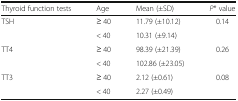
<table><thead><tr><td><b>Thyroid function tests</b></td><td><b>Age</b></td><td><b>Mean (±SD)</b></td><td><b><i>P</i>* value</b></td></tr></thead><tbody><tr><td rowspan="2">TSH</td><td>≥ 40</td><td>11.79 (±10.12)</td><td rowspan="2">0.14</td></tr><tr><td>&lt; 40</td><td>10.31 (±9.14)</td></tr><tr><td rowspan="2">TT4</td><td>≥ 40</td><td>98.39 (±21.39)</td><td rowspan="2">0.26</td></tr><tr><td>&lt; 40</td><td>102.86 (±23.05)</td></tr><tr><td rowspan="2">TT3</td><td>≥ 40</td><td>2.12 (±0.61)</td><td rowspan="2">0.08</td></tr><tr><td>&lt; 40</td><td>2.27 (±0.49)</td></tr></tbody></table>